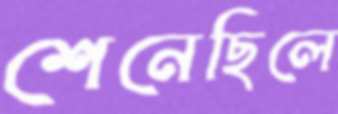
শেনেছিলে